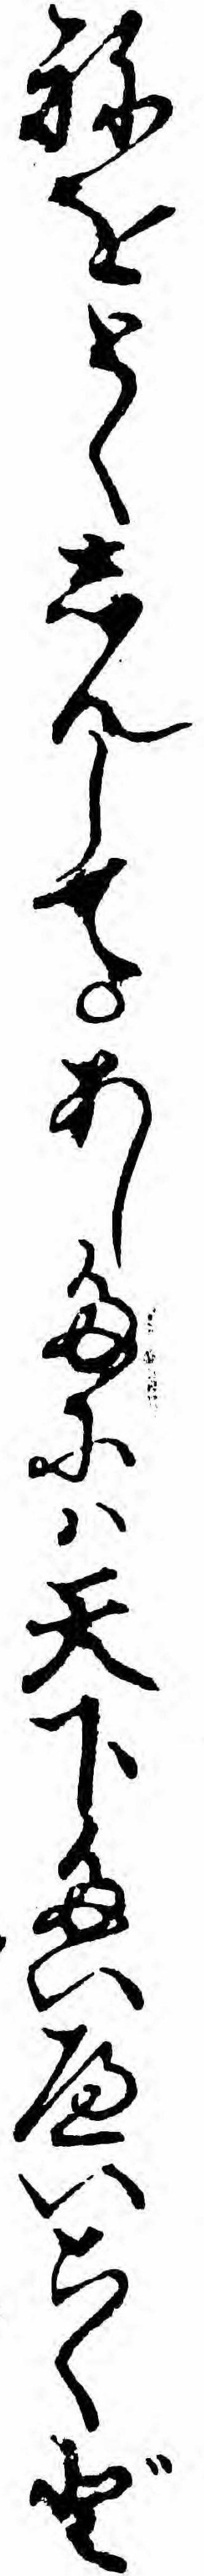
ねをとくしんしてあしたにハ天下たいへいこくど